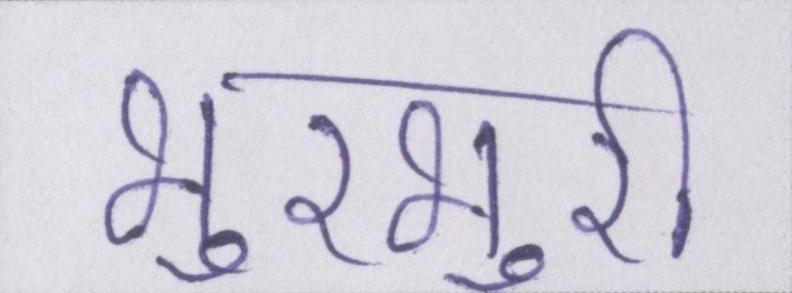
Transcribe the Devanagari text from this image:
भुरभुरी